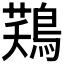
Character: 𪁾